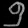
Digit: ၅